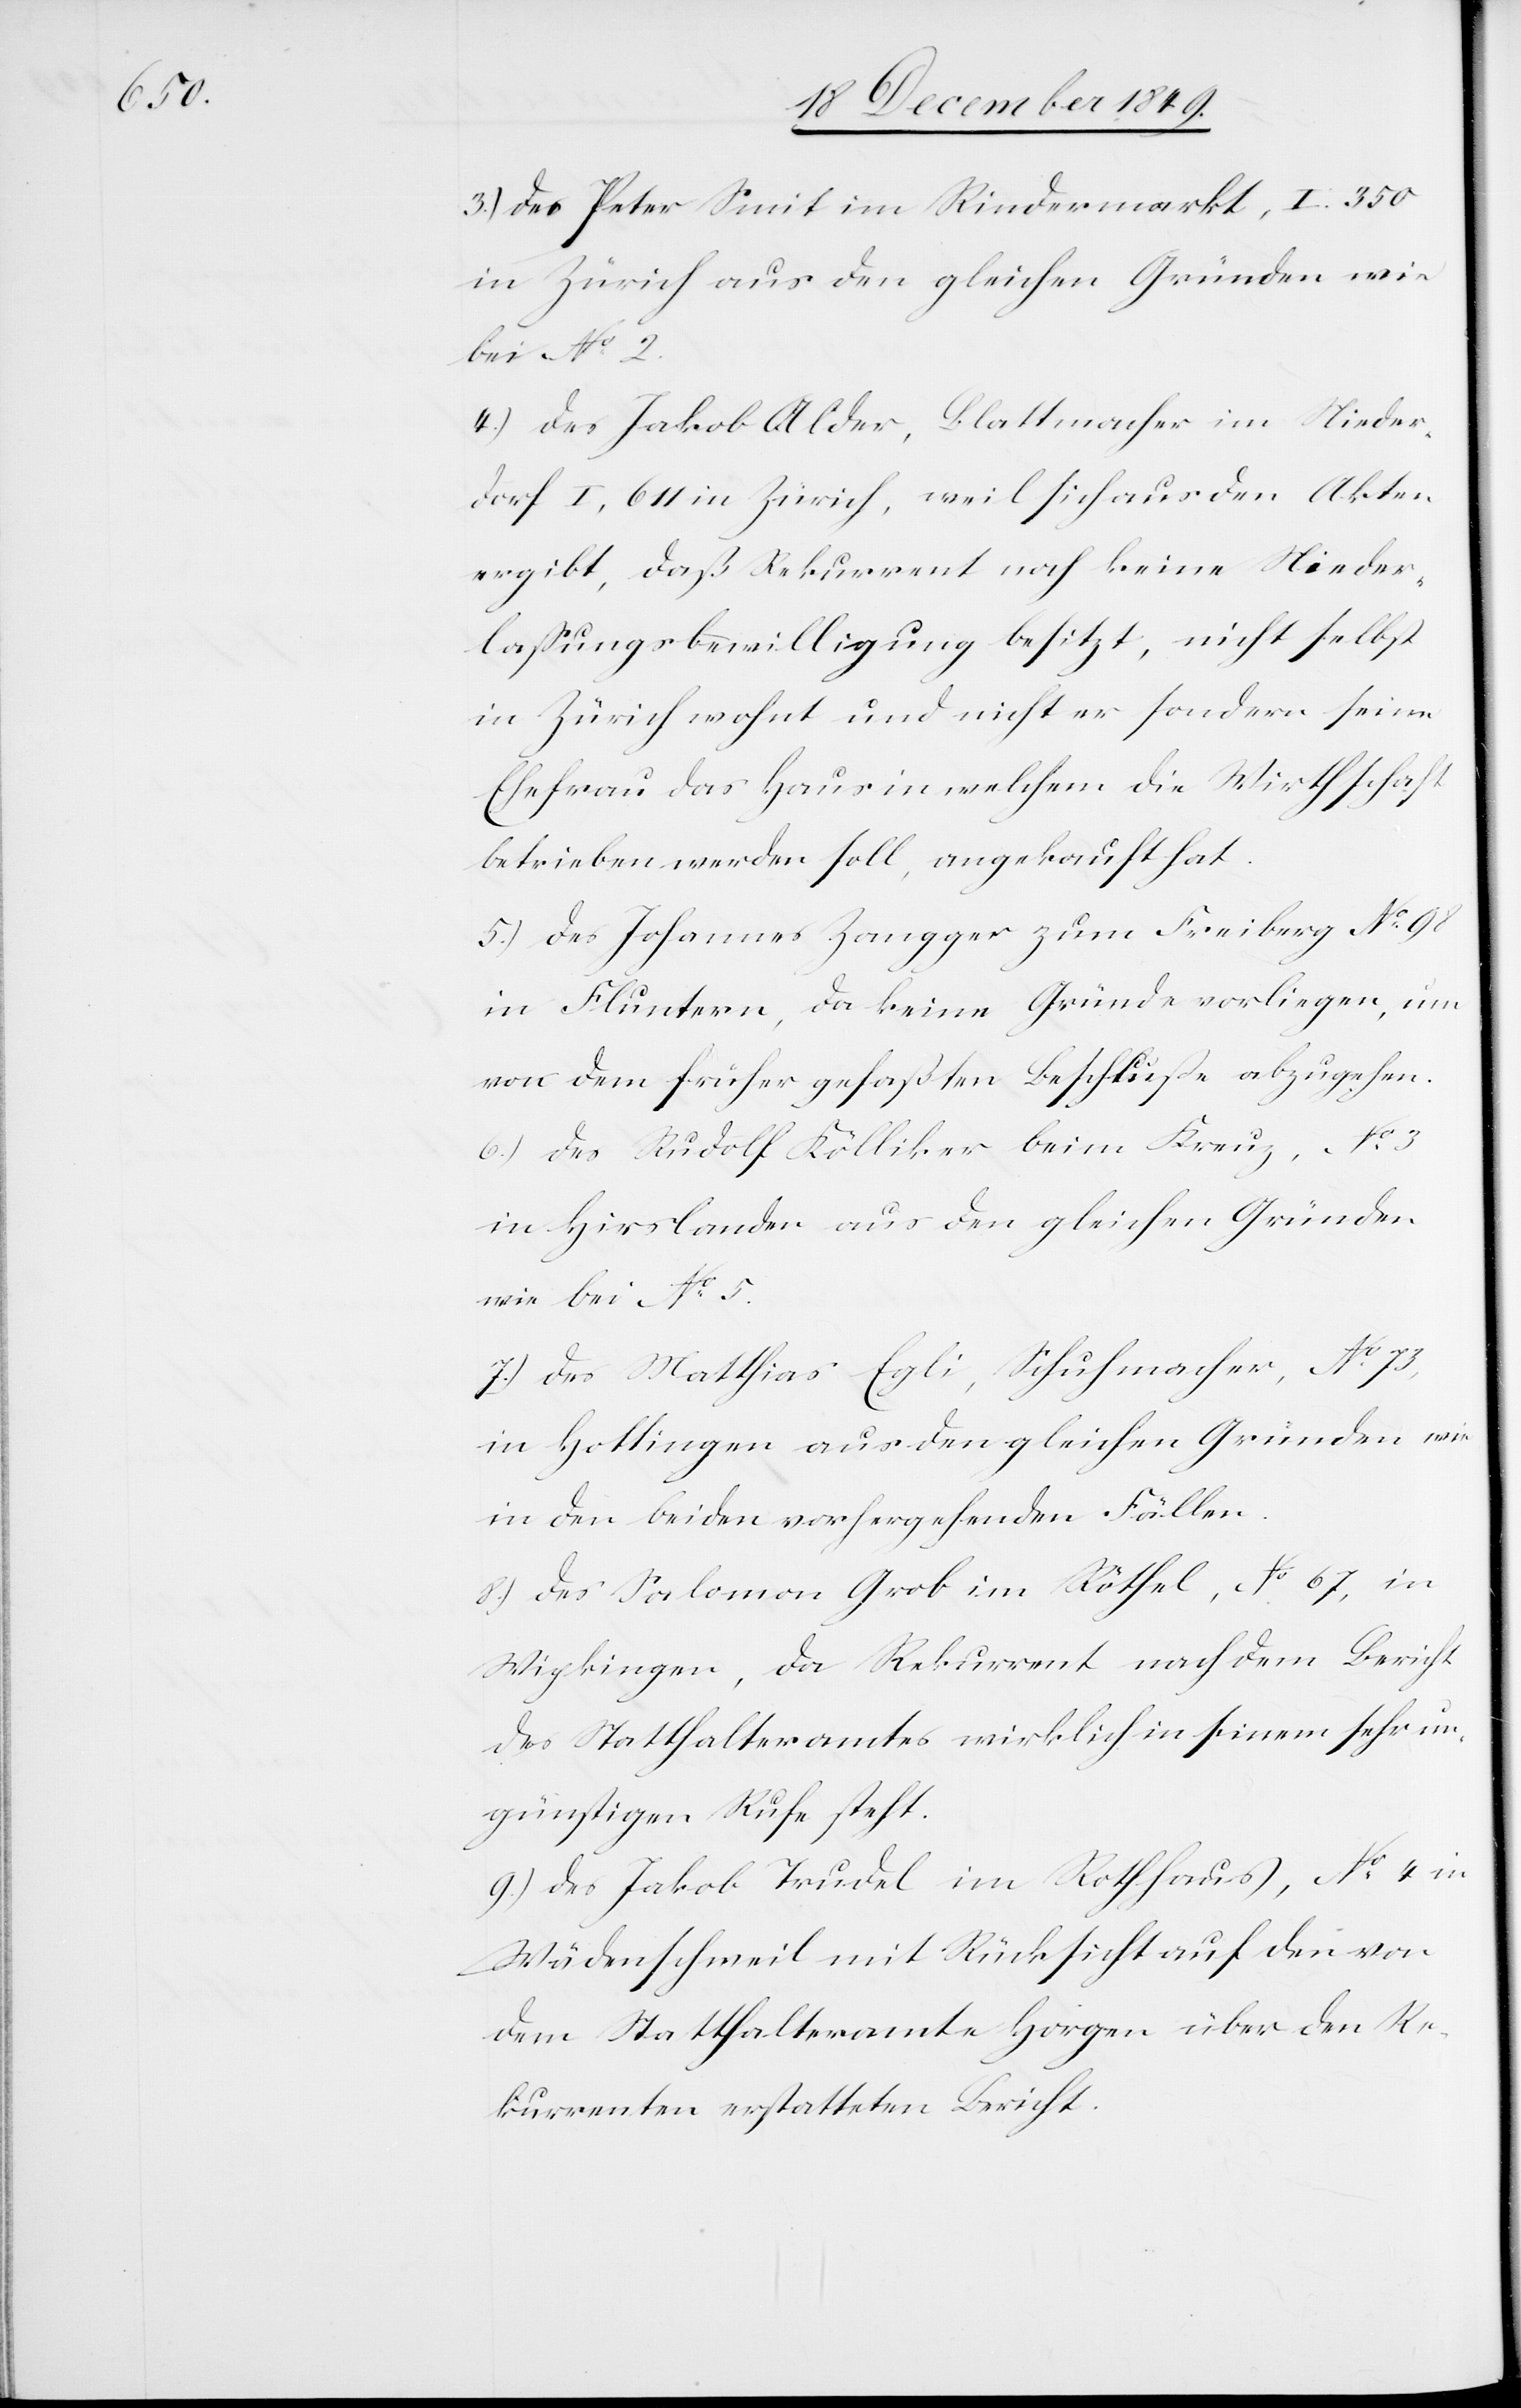
3.) des Peter Smit im Rindermarkt, I. 350
in Zürich aus den gleichen Gründen wie
bei N° 2.
4.) des Jakob Alder, Blattmacher im Nieder¬
dorf I, 611 in Zürich, weil sich aus den Akten
ergibt, daß Rekurrent noch keine Nieder¬
laßungsbewilligung besitzt, nicht selbst
in Zürich wohnt und nicht er sondern seine
Ehefrau das Haus in welchem die Wirthschaft
betrieben werden soll, angekauft hat.
5.) des Johannes Zangger zum Freiberg N° 98
in Fluntern, da keine Gründe vorliegen, um
von dem früher gefaßten Beschluße abzugehen.
6.) des Rudolf Kölliker beim Kreuz, N° 3
in Hirslanden aus den gleichen Gründen
wie bei N° 5.
7.) des Matthias Egli, Schuhmacher, N° 73,
in Hottingen aus den gleichen Gründen wie
in den beiden vorhergehenden Fällen.
8.) des Salomon Grob im Röthel, N° 67, in
Wipkingen, da Rekurrent nach dem Bericht
des Statthalteramtes wirklich in seinem sehr un¬
günstigem Rufe steht.
9.) des Jakob Trudel im Rothhaus, N° 4 in
Wädenschweil mit Rücksicht auf den von
dem Statthalteramte Horgen über den Re¬
kurrenten erstatteten Bericht.